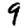
Digit: 9